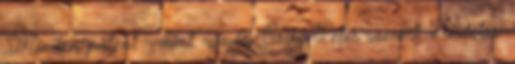
.Minden patent - mint mindig Sziky Péter szerint: Hirdetés: